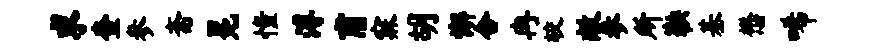
求查参斋冕憧溥甫寐胡懈合冉较敞参所鞅基懋唏